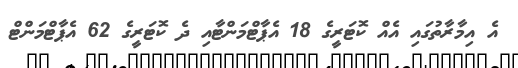
އެ އިމާރާތުގައި އެއް ކޮޓަރީގެ 18 އެޕާޓްމަންޓާއި ދެ ކޮޓަރީގެ 62 އެޕާޓްމަންޓް